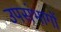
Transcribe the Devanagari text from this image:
उपसंभागों